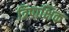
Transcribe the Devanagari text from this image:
त्रिपाक्षिक